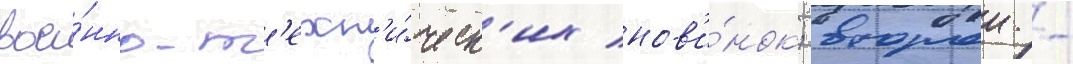
вое́нно-т'ехн'и́ческ'их нов'и́нок; второи -